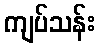
ကျပ်သန်း